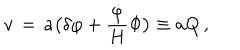
v \, = \, a \bigl ( \delta \varphi + { \frac { { \dot { \varphi } } } { H } } \Phi \bigr ) \equiv a Q \, ,